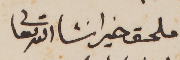
ملحق خير انشاالله تعالى